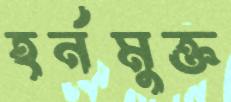
হর্নমুক্ত